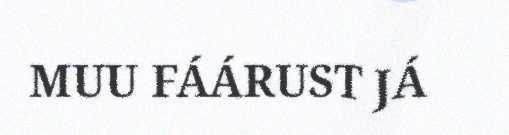
MUU FÁÁRUST JÁ